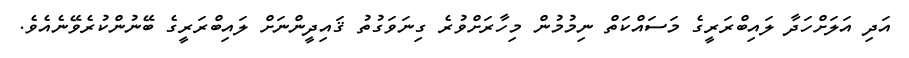
އަދި އަލަށްހަދާ ލައިބްރަރީގެ މަސައްކަތް ނިމުމުން މިހާރަށްވުރެ ގިނަވަގުތު ޤައިދީންނަށް ލައިބްރަރީގެ ބޭނުންކުރެވޭނެއެވެ.